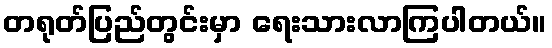
တရုတ်ပြည်တွင်းမှာ ရေးသားလာကြပါတယ်။